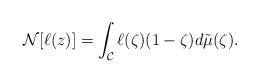
LaTeX: \begin{align*} \mathcal{N}[\ell(z)] = \int_{\mathcal{C}} \ell(\zeta) (1-\zeta)d \tilde{\mu}(\zeta) .\end{align*}